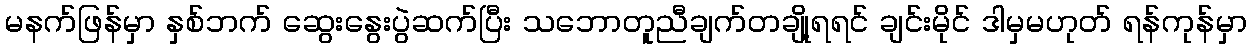
မနက်ဖြန်မှာ နှစ်ဘက် ဆွေးနွေးပွဲဆက်ပြီး သဘောတူညီချက်တချို့ရရင် ချင်းမိုင် ဒါမှမဟုတ် ရန်ကုန်မှာ